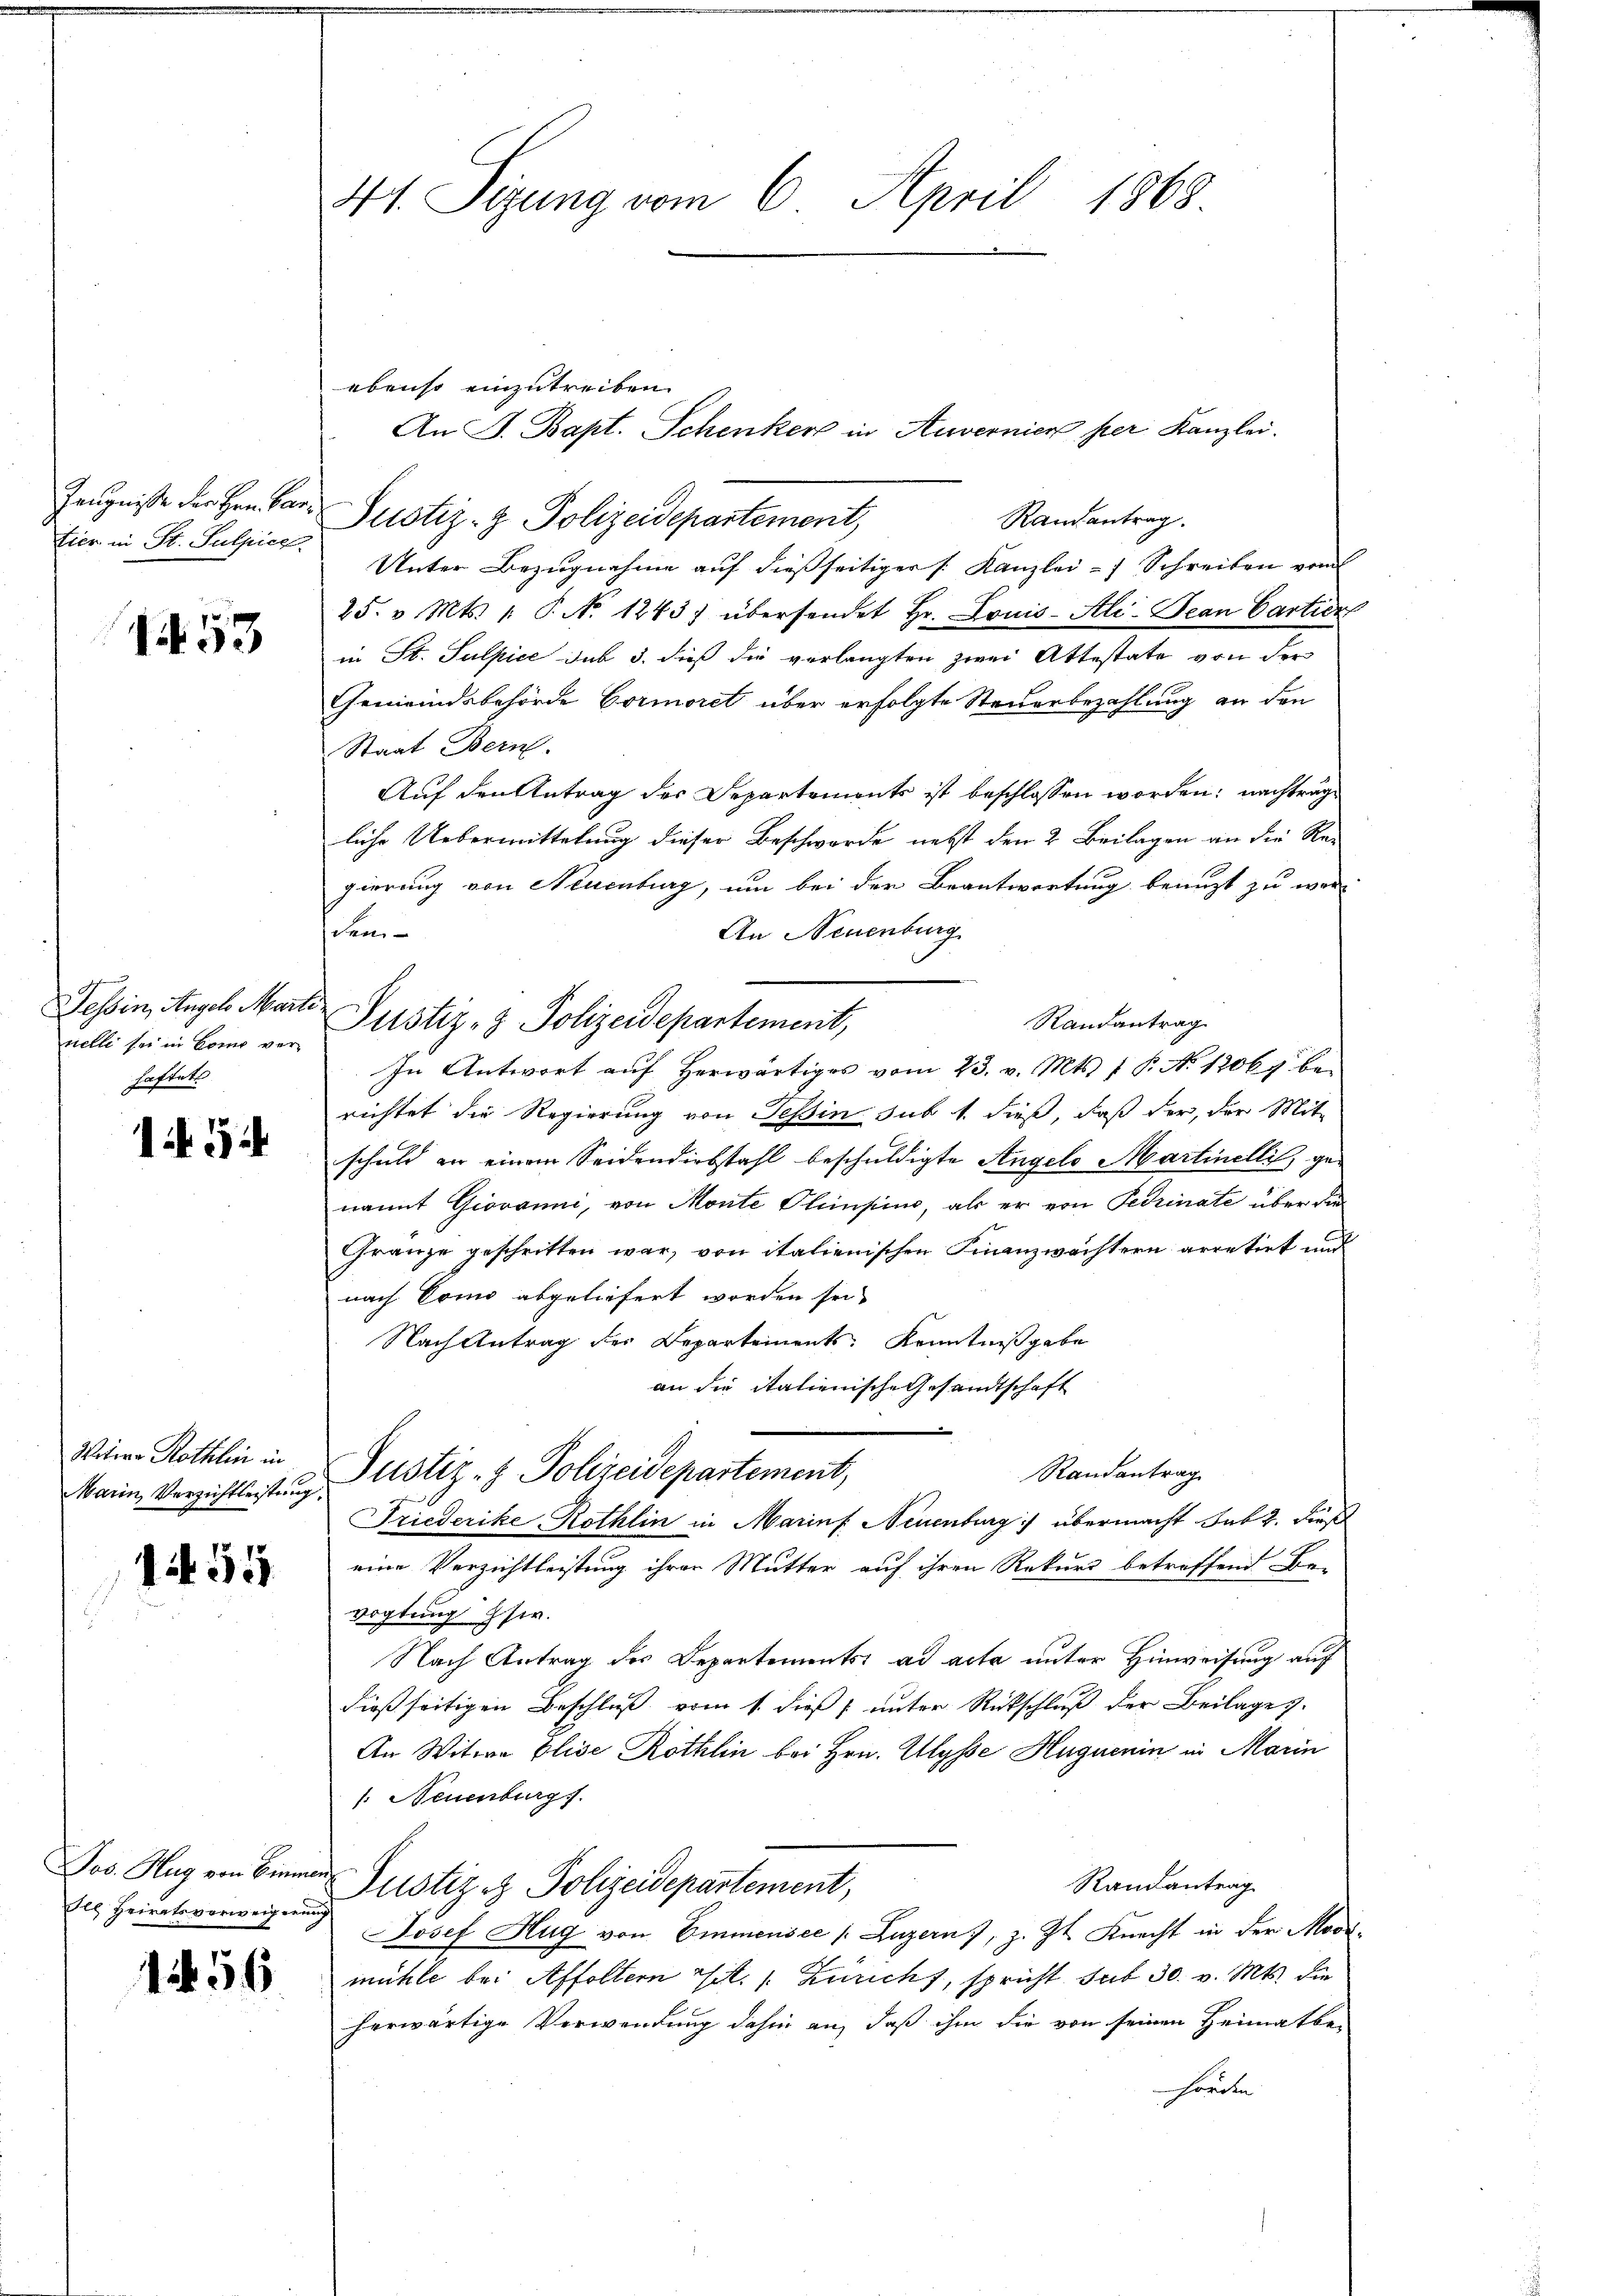
1453

Zeugniße der Herr Partier in St. Sulpice

Tessin, Angelo Martinelle sei in Como verhaftete

154

Watera Röthlin in

1459

des Heiratsverweigerung

156

41. Sizung vom 6. April 1868.

ebenso einzutreiben.
Randantrag.
Justiz- & Polizeidepartement,
Unter Bezugnahme auf dießseitiger [Kanzlei- Schreiben vom
25. v. Mts. 1. P. N. 1243) übersendet Hr. Louis-Ali-Jean Cartien
in St. Sulpice sub 5. dieß die verlangten zwei Attestate von der
Gemeindsbehörde Cormoret über erfolgte Steuerbezahlung an den
Staat Bern.
Auf den Antrag des Departements ist beschlossen worden; nachträg
liche Uebermittelung dieser Beschwerde nebst den 2. Beilagen an die Re-
gierung von Neuenburg, um bei der Beantwortung benuzt zu werdem
An Neuenburg
Randantrag
Justiz- & Polizeidepartement,
In Antwort auf herwärtiges vom 23. v. Mts. 1 P. No 12067 berichtet die Regierung von Tessin sub 1. dieß, daß der, der Mit-
schuld an einem Seidendiebstahl beschuldigte Angelo Martinellis, genannt Giovanni, von Monte Plumpen, als er von Fedrinate über die
Gränze geschritten war, von italienischen Finanzwächtern arretirt und
nach Como abgeliefert worden sei.
Nach Antrag der Departements Kenntnißgabe
an die italienische Gesandtschaft
Randantrag
Main Verzichtleisten Holtz - Polizeidepartement,
Friederike Röthlin in Marinf Neuenburg :/ übermacht Satz. dieß
eine Verzichtleistung ihren Mutter auf ihren Rekurs betreffend Be-
vogtung Eser.
Nach Antrag des Departements ad acta unter Hinweisung auf
dießseitigen Beschluß vom 1. dieß unter Rückschluß der Beilage).
An Witwe Elise Röthlin bei Hrn. Ulysse Huguenin in Marin
/: Neuenburg.
Jos. Hag von Biener Justiz & Polizeidepartement,
Randantrag.
Josef Hug von Emmensee /: Luzern, z. Zt. Knecht in der Modimühle bei Affoltern Tit. 1. Zuricht, spricht sub 30. v. Mts. die
herwärtige Verwendung dahin an, daß ihm die von seinen Heimatbehörden

Am B. Bapt. Schenker in Anvernier per Kanzlei.